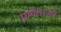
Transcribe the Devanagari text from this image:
प्रणेताओ